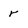
Character: r